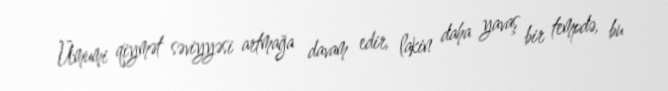
Ümumi qiymət səviyyəsi artmağa davam edir, lakin daha yavaş bir tempdə, bu